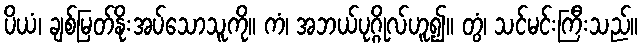
ပိယံ၊ ချစ်မြတ်နိုးအပ်သောသူကို။ ကံ၊ အဘယ်ပုဂ္ဂိုလ်ဟူ၍။ တွံ၊ သင်မင်းကြီးသည်။